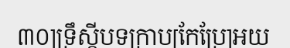
៣០]ទ្រឹស្តីបទក្រាប[កែប្រែ]អយ